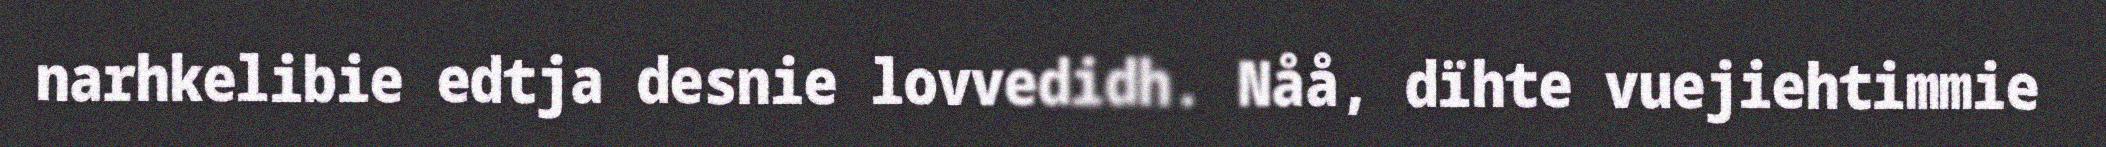
narhkelibie edtja desnie lovvedidh. Nåå, dïhte vuejiehtimmie